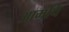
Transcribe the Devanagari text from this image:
आमचि